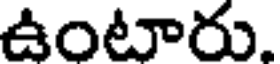
ఉంటారు.